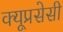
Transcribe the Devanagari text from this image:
क्यूप्रसेसी